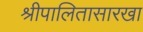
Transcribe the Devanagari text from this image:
श्रीपालितासारखा